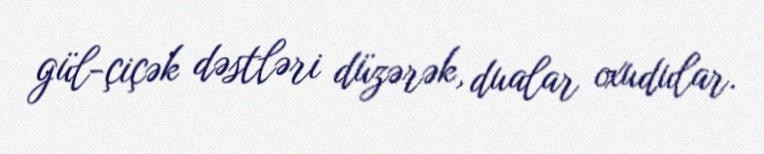
gül-çiçək dəstləri düzərək, dualar oxudular.